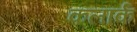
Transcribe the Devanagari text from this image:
कलार्क